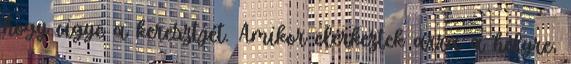
hogy vigye a keresztjét. Amikor elérkeztek arra a helyre,